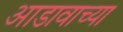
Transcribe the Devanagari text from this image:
आडावाच्या